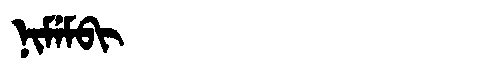
Manchu: ᠨᡳᠮᡝᠮᠪᡳ
Romanization: NIMEMBI